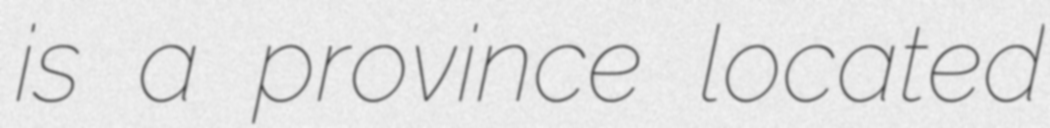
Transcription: is a province located